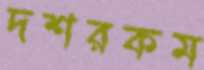
দশরকম